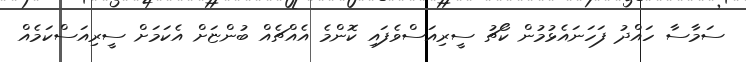
ސަމާސާ ހައްދު ފަހަނައެޅުމުން ކޯޗު ސީރިއަސްވެފައި ކޮންމެ އެއްޗެއް ބުންޏަށް އެކަމަށް ސީރިއަސްކަމެއް